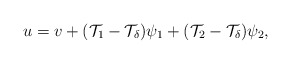
\begin{align*} u=v+(\mathcal{T}_1-\mathcal{T}_\delta)\psi_1+(\mathcal{T}_2-\mathcal{T}_\delta)\psi_2,\end{align*}